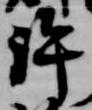
許